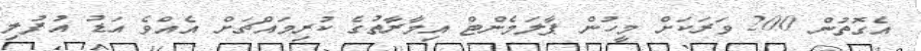
އެގޮތުން 200 ވަރަކަށް މީހުން ޕާލަމެންޓް އިމާރާތުގެ ކުރިމައްޗަށް އެއްވެ އަޑު އުފުލި